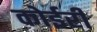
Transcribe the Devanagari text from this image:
कोईरी